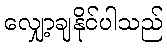
လျှော့ချနိုင်ပါသည်